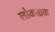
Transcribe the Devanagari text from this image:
लोकताक